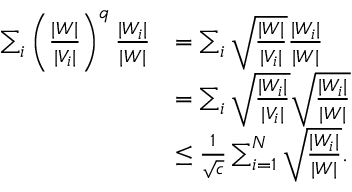
\begin{array} { r l } { \sum _ { i } \left( \frac { | W | } { | V _ { i } | } \right) ^ { q } \frac { | W _ { i } | } { | W | } } & { = \sum _ { i } \sqrt { \frac { | W | } { | V _ { i } | } } \frac { | W _ { i } | } { | W | } } \\ & { = \sum _ { i } \sqrt { \frac { | W _ { i } | } { | V _ { i } | } } \sqrt { \frac { | W _ { i } | } { | W | } } } \\ & { \leq \frac { 1 } { \sqrt { c } } \sum _ { i = 1 } ^ { N } \sqrt { \frac { | W _ { i } | } { | W | } } . } \end{array}